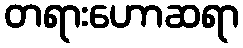
တရားဟောဆရာ